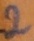
Text: 2